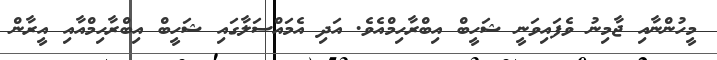
މީހުންނާއި ޖާމިނު ވެފައިވަނީ ޝަހީބް އިބްރާހިމްއެވެ. އަދި އެމައްސަލާގައި ޝަހީބް އިބްރާހިމްއާއި އީރާން